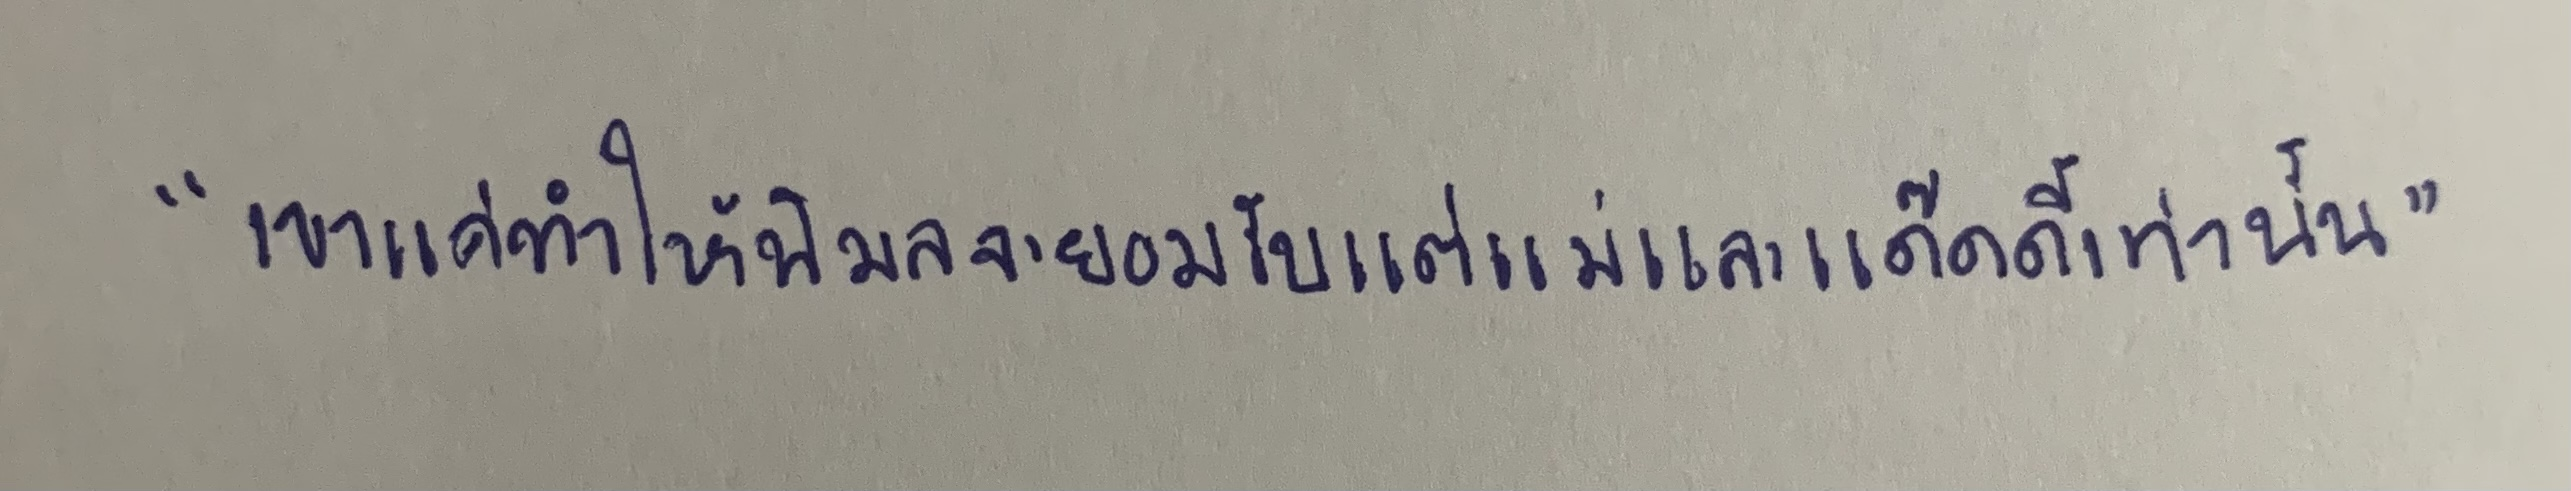
"เขาแค่ทำให้พิมลจะยอมรับแต่แม่และแด๊ดดี้เท่านั้น"